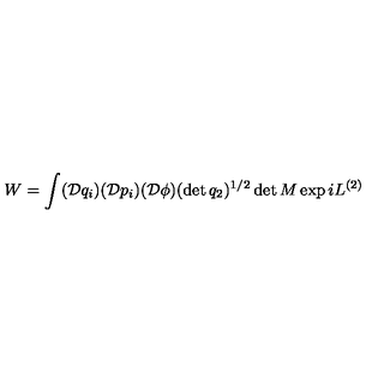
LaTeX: W = \int ( \mathcal { D } q _ { i } ) ( \mathcal { D } p _ { i } ) ( \mathcal { D } \phi ) ( \det q _ { 2 } ) ^ { 1 / 2 } \det M \exp i L ^ { ( 2 ) }